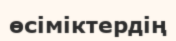
өсіміктердің